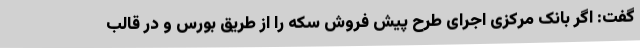
گفت: اگر بانک مرکزی اجرای طرح پیش فروش سکه را از طریق بورس و در قالب